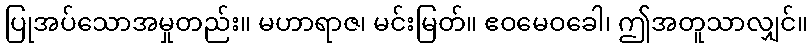
ပြုအပ်သောအမှုတည်း။ မဟာရာဇ၊ မင်းမြတ်။ ဧဝမေဝခေါ၊ ဤအတူသာလျှင်။